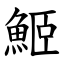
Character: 䱌